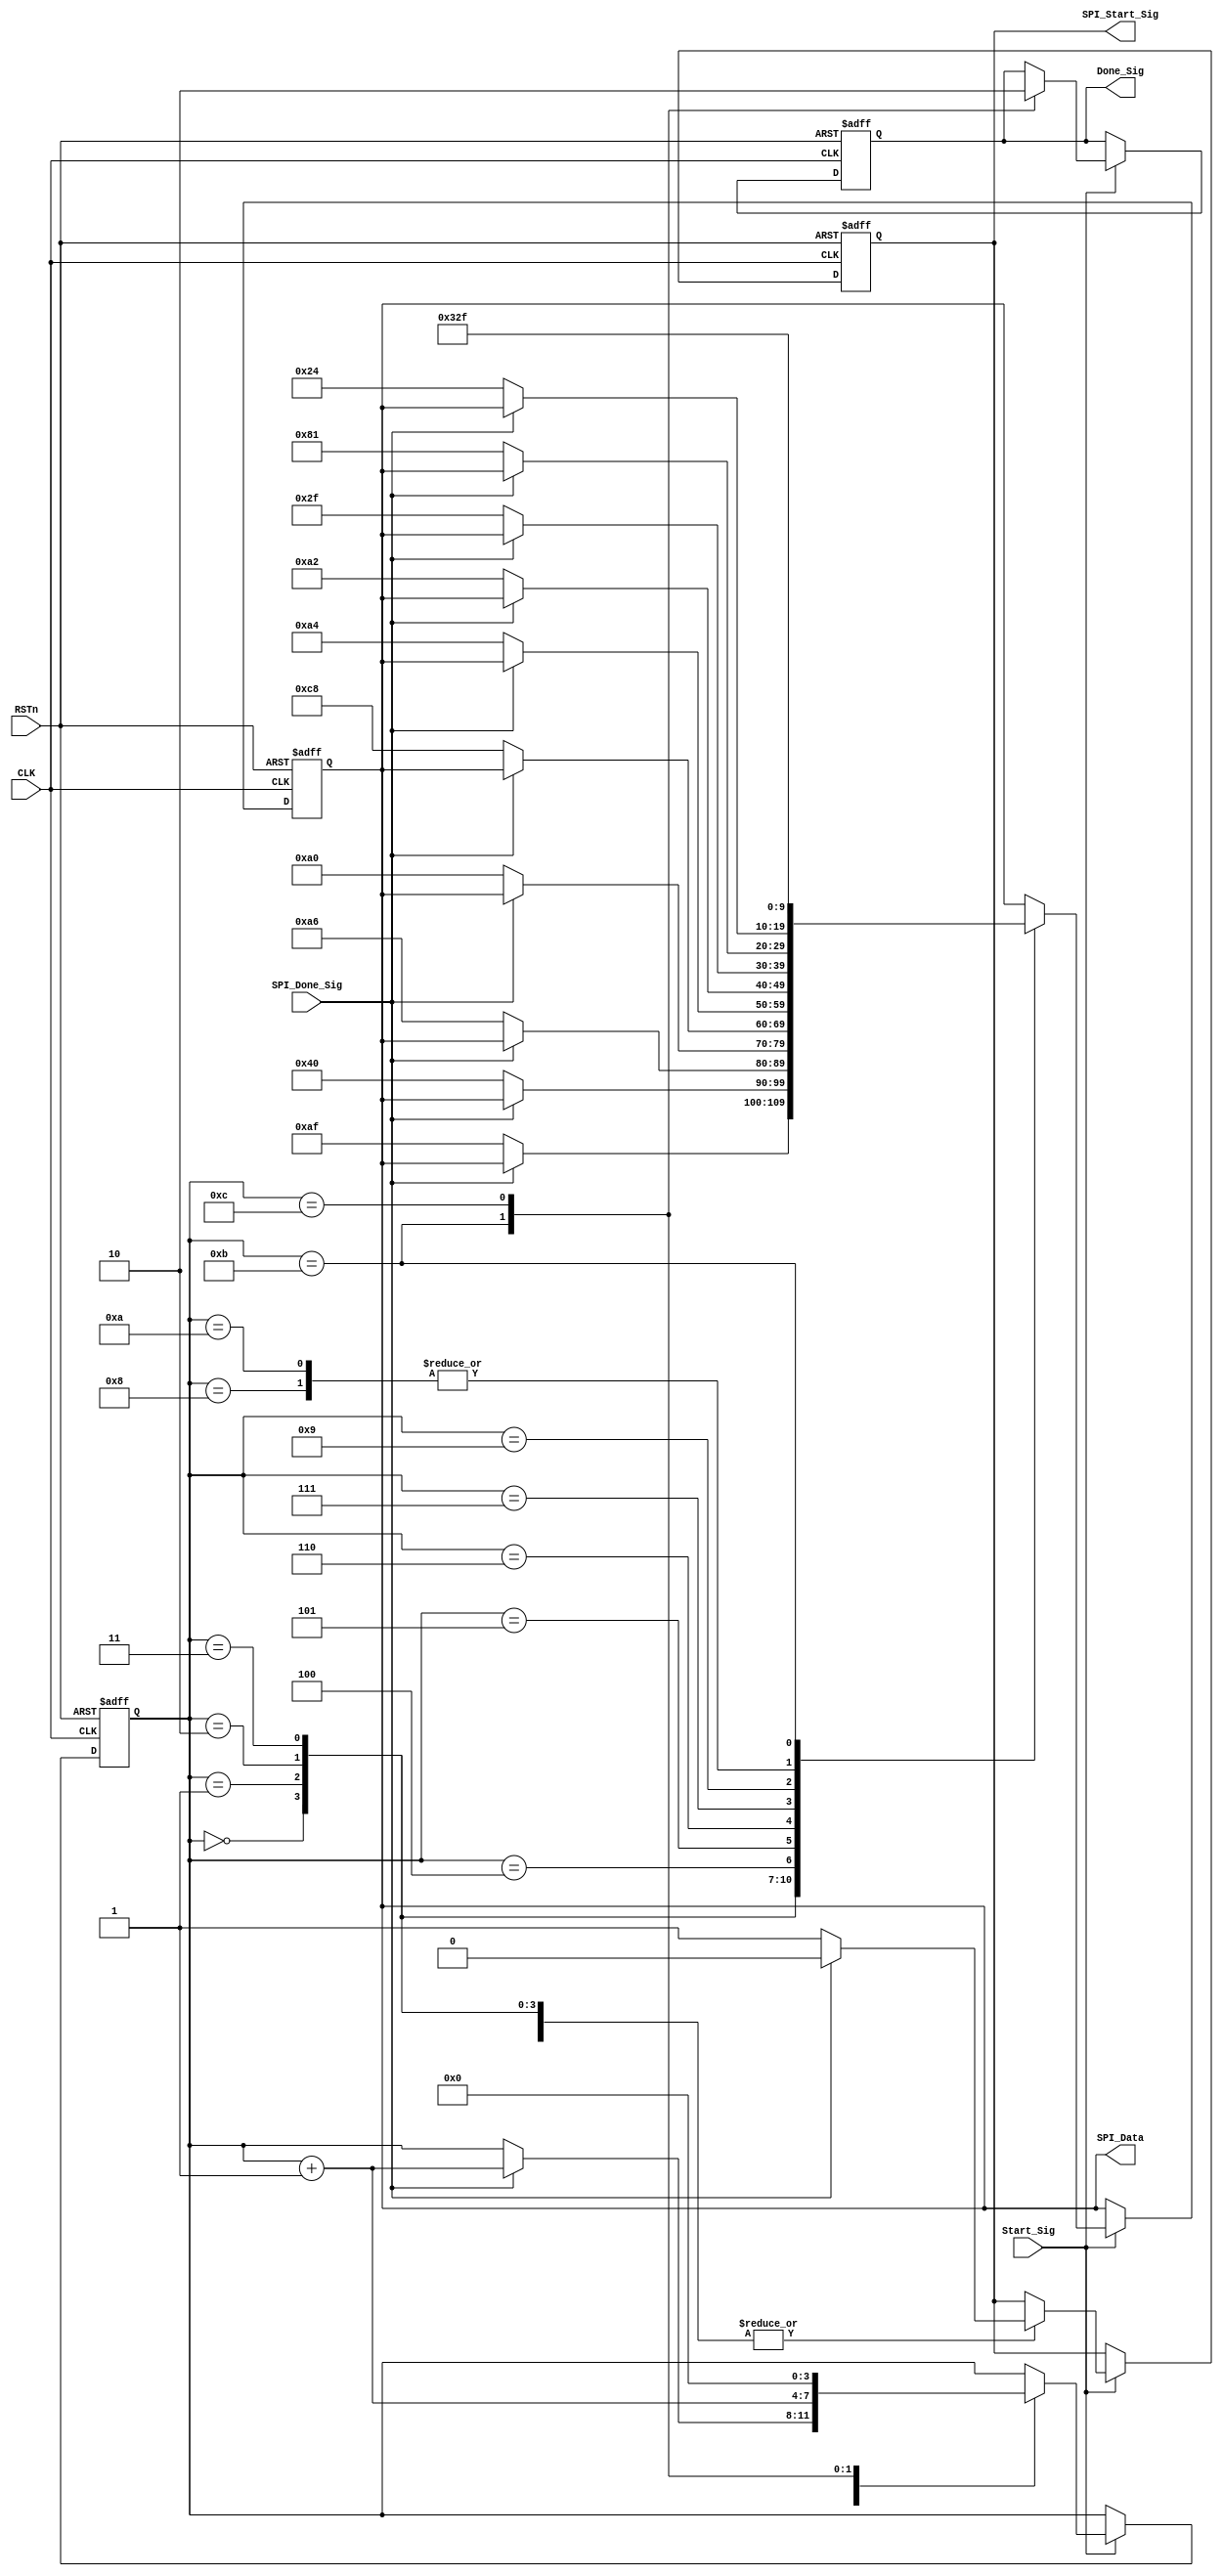
module initial_control_module
(
    CLK, RSTn,
	 Start_Sig,
	 SPI_Done_Sig,
	 SPI_Start_Sig,
	 SPI_Data,
	 Done_Sig
);

    input CLK;
	 input RSTn;
	 input Start_Sig;
	 input SPI_Done_Sig;
	 output SPI_Start_Sig;
	 output [9:0]SPI_Data;
	 output Done_Sig;
	 
	 /************************/
	 
	 reg [3:0]i;
	 reg [9:0]rData;
	 reg isSPI_Start;
	 reg isDone;
	 
	 always @ ( posedge CLK or negedge RSTn )
        if( !RSTn )
		      begin
		          i <= 4'd0;
				    rData <= { 2'b11, 8'h2f };
					 isSPI_Start <= 1'b0;
					 isDone <= 1'b0;
				end	 

		  else if( Start_Sig )
		      case( i )
				
                4'd0: 
					 if( SPI_Done_Sig ) begin isSPI_Start <= 1'b0; i <= i + 1'b1; end
					 else begin rData <= { 2'b00, 8'haf }; isSPI_Start <= 1'b1; end
					 
					 4'd1:
					 if( SPI_Done_Sig ) begin isSPI_Start <= 1'b0; i <= i + 1'b1; end
					 else begin rData <= { 2'b00, 8'h40 }; isSPI_Start <= 1'b1; end
					 
					 4'd2:
					 if( SPI_Done_Sig ) begin isSPI_Start <= 1'b0; i <= i + 1'b1; end
					 else begin rData <= { 2'b00, 8'ha6 }; isSPI_Start <= 1'b1; end
					 
					 4'd3:
					 if( SPI_Done_Sig ) begin isSPI_Start <= 1'b0; i <= i + 1'b1; end
					 else begin rData <= { 2'b00, 8'ha0 }; isSPI_Start <= 1'b1; end
					 
					 4'd4: 
					 if( SPI_Done_Sig ) begin isSPI_Start <= 1'b0; i <= i + 1'b1; end
					 else begin rData <= { 2'b00, 8'hc8 }; isSPI_Start <= 1'b1; end
					 
					 4'd5:
					 if( SPI_Done_Sig ) begin isSPI_Start <= 1'b0; i <= i + 1'b1; end
					 else begin rData <= { 2'b00, 8'ha4 }; isSPI_Start <= 1'b1; end
					 
					 4'd6:
					 if( SPI_Done_Sig ) begin isSPI_Start <= 1'b0; i <= i + 1'b1; end
					 else begin rData <= { 2'b00, 8'ha2 }; isSPI_Start <= 1'b1; end
					 
					 4'd7:
					 if( SPI_Done_Sig ) begin isSPI_Start <= 1'b0; i <= i + 1'b1; end
					 else begin rData <= { 2'b00, 8'h2f }; isSPI_Start <= 1'b1; end
					 
					 4'd8:
					 if( SPI_Done_Sig ) begin isSPI_Start <= 1'b0; i <= i + 1'b1; end
					 else begin rData <= { 2'b00, 8'h24 }; isSPI_Start <= 1'b1; end
					 
					 4'd9:
					 if( SPI_Done_Sig ) begin isSPI_Start <= 1'b0; i <= i + 1'b1; end
					 else begin rData <= { 2'b00, 8'h81 }; isSPI_Start <= 1'b1; end
					 
					 4'd10:
					 if( SPI_Done_Sig ) begin isSPI_Start <= 1'b0; i <= i + 1'b1; end
					 else begin rData <= { 2'b00, 8'h24 }; isSPI_Start <= 1'b1; end
					 
					 4'd11:
					 begin rData <= { 2'b11, 8'h2f }; isDone <= 1'b1; i <= i + 1'b1; end
					 
					 4'd12:
					 begin isDone <= 1'b0; i <= 4'd0; end 
		
				endcase
				
	 /***********************************/
	 
	 assign Done_Sig = isDone;
	 assign SPI_Start_Sig = isSPI_Start;
	 assign SPI_Data = rData;
	 
	 /*************************************/
	 
endmodule